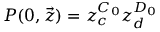
P ( 0 , \vec { z } ) = z _ { c } ^ { C _ { 0 } } z _ { d } ^ { D _ { 0 } }